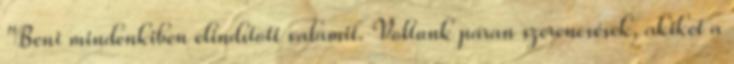
"Beni mindenkiben elindított valamit. Voltunk páran szerencsések, akiket a